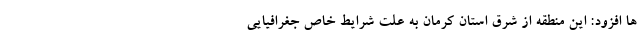
ها افزود: این منطقه از شرق استان کرمان به علت شرایط خاص جغرافیایی